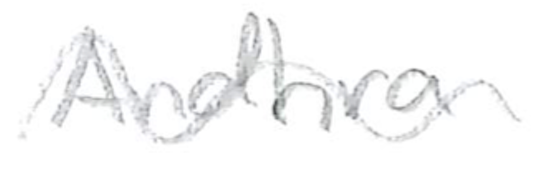
Text: Andhra
Cross-out: mix
Writing tool: pencil